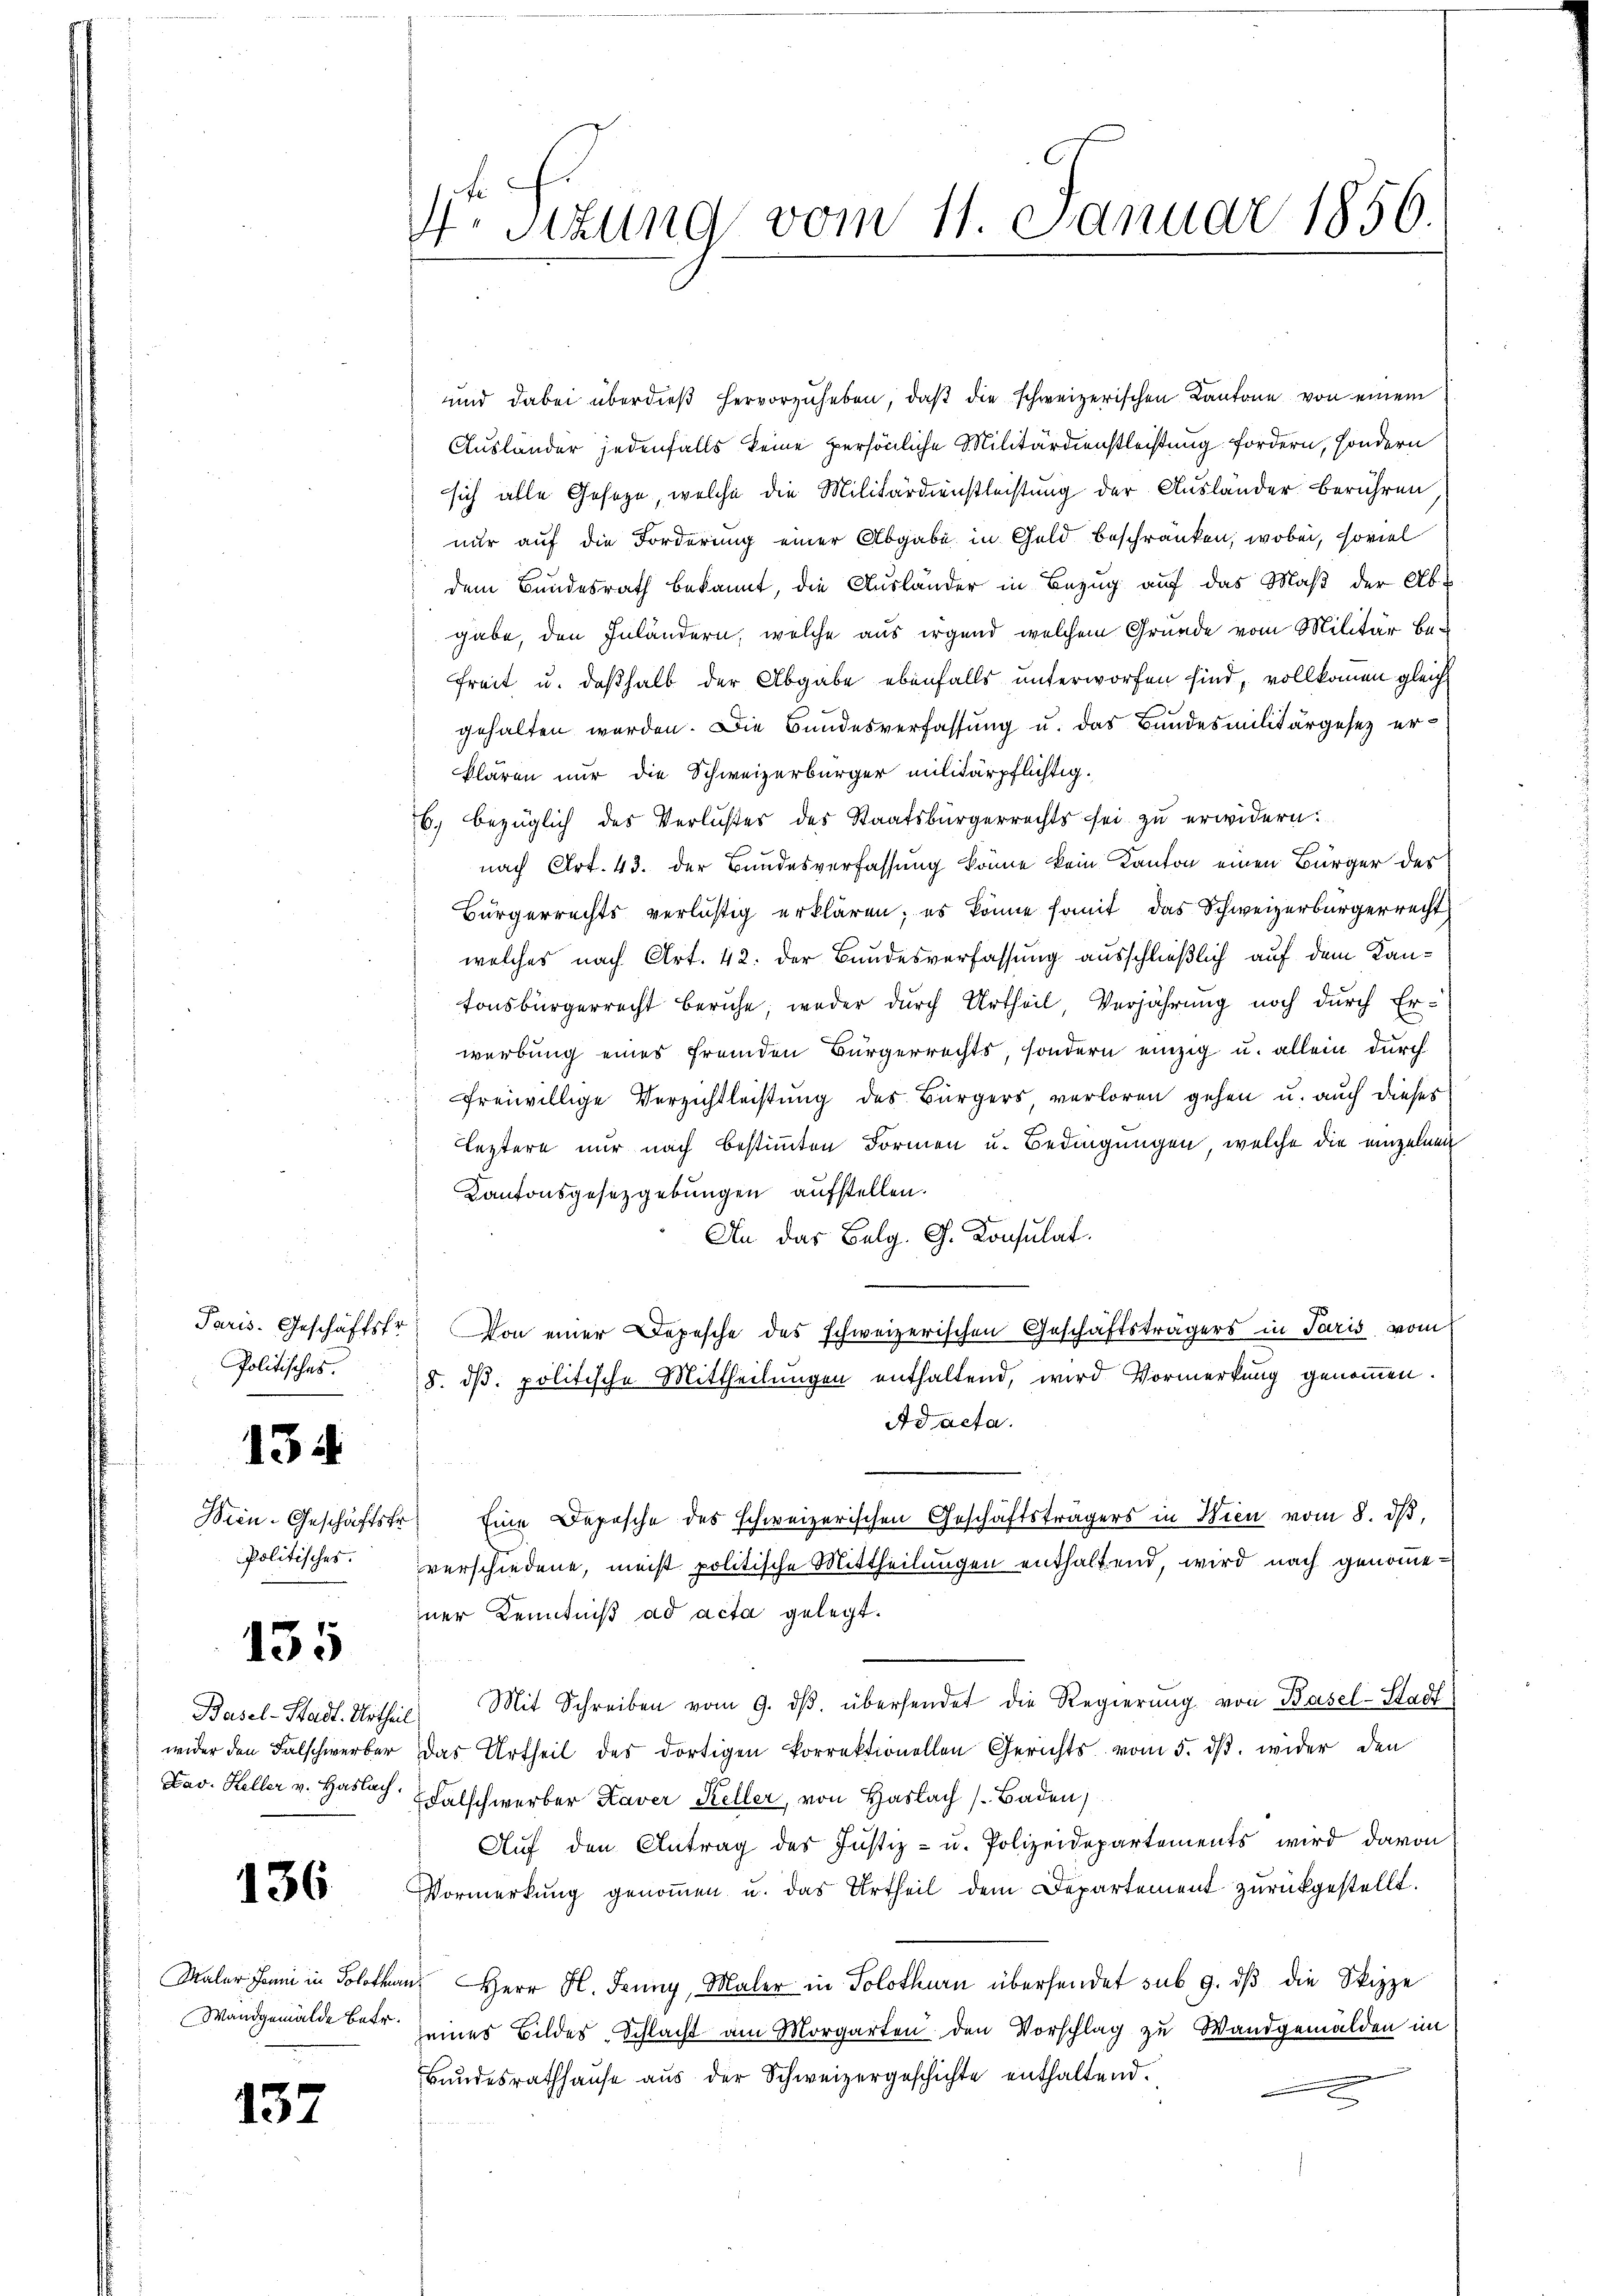
Politisches.

134.

Politisches.

135

136

Maler Jenni in Soloth
Wandgemälde betr.

132

4. Sizung vom 11. Januar 1856.

und dabei überdieβ hervorzuheben, daβ die schweizerischen Kantone von einem
Ausländer jedenfalls keine persönliche Militärdienstleistung fordern, sondern
sich alle Geseze, welche die Militärdienstleistung der Ausländer berühren,
nur auf die Forderung einer Abgabe in Geld beschränken, wobei, soviel
dem Bundesrath bekannt, die Ausländer in Bezug auf das Maß der Ab-
gabe, den Inländern, welche aus irgend welchem Grunde vom Militär be¬
Freit u. deßhalb der Abgabe ebenfalls unterworfen sind, vollkommen gleich
gehalten werden. Die Bundesverfassung u. das Bundesmilitärgesez er-
klären nur die Schweizerbürger militärpflichtig.
6. bezüglich des Verlustes des Staatsbürgerrechts sei zu erwidern.
nach Art. 43. der Bundesverfassung könne kein Kanton einen Bürger des
Bürgerrechts verlustig erklären; es könne somit das Schweizerbürgerrecht
welches nach Art. 42. der Bundesverfassung ausschließlich auf dem Kantonsbürgerrecht beruhe, weder durch Urtheil, Verjährung noch durch Er-
werbung eines fremden Bürgerrechts, sondern einzig u. allein durch
freiwillige Verzichtleistung des Bürgers, verloren gehen u. auch dieses
Leztern nur nach bestimmten Formen u. Bedingungen, welche die einzelnen
Kantonsgesetzgebungen aufstellen.
An das Belg. G. Konsulat
Paris. Geschäftsfr. Von einer Depesche des schweizerischen Geschäftsträgers in Paris vom
8. d. politische Mittheilungen enthaltend, wird Vormerkung genommen.
Ad acta.
Sien-Geschäftstr. Eine Deposche des schweizerischen Geschäftsträgers in Wien vom 8. dβ,
verschiedene, meist politische Mittheilungen enthaltend, wird nach genommeiner Kenntniß ad acta gelegt.
Basel-Stadt. Urtheil. Mit Schreiben vom 9. dβ. übersendet die Regierŭng von Basel-Stadt
wider den Falschwerber das Urtheil des dortigen korrektionellen Gerichts vom 5. dβ. wider den
Fav. Heller v. Haslach, falschwerber Kaver Keller, von Haslach Baden)
Auf den Antrag des Justiz- u. Polizeidepartements wird davon
Vormerkung genoṁen u. das Urtheil dem Departement zurückgestellt.
an Herr H. Jenny, Maler in Solothurn übersendet sub. 9. dβ die Skizze
seines Bildes-Schlacht am Morgarten den Vorschlag zu Wandgemälden im
Bundesrathhause aus der Schweizergeschichte enthaltend.